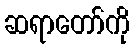
ဆရာတော်ကို